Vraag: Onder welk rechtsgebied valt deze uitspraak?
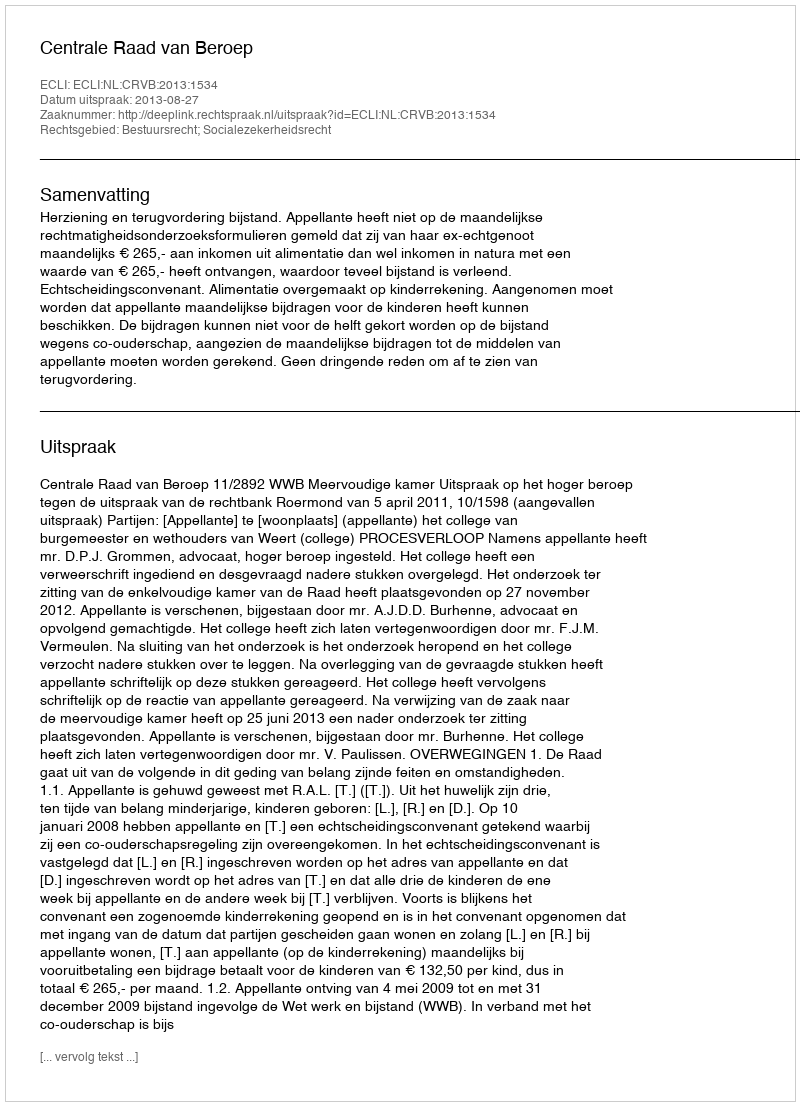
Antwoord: Bestuursrecht; Socialezekerheidsrecht